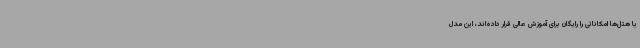
یا هتل‌ها امکاناتی را رایگان برای آموزش عالی قرار داده‌اند، این مدل